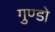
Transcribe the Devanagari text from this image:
गुण्डो